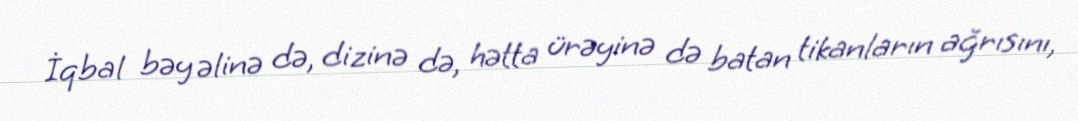
İqbal bəy əlinə də, dizinə də, hətta ürəyinə də batan tikanların ağrısını,